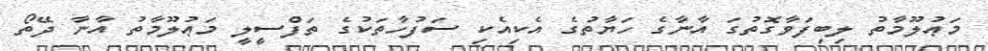
މަޢުލޫމާތު ލިބިފަވާގޮތުގަ އާނާގެ ހަޔާތުގެ އެކިއެކި ސަފުހާތަކުގެ ތަފްސީލީ މަޢުލޫމާތު އާނާ ދޭތޯ